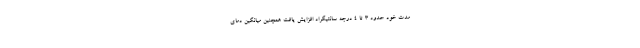
مدت خود حدود ۳ تا ۴ درجه سانتیگراد افزایش یافت همچنین میانگین دمای